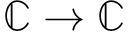
\mathbb { C } \to \mathbb { C }